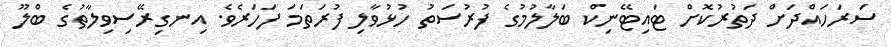
ސަރަހައްދަށް ދަތުރުކޮށް ޓައިޓޭނިކް ބަލާލުމުގެ ފުރުސަތު ހުޅުވާލި ފުރަތަމަ ފަހަރެވެ. އިނގިރޭސިވިލާތުގެ ބްލޫ